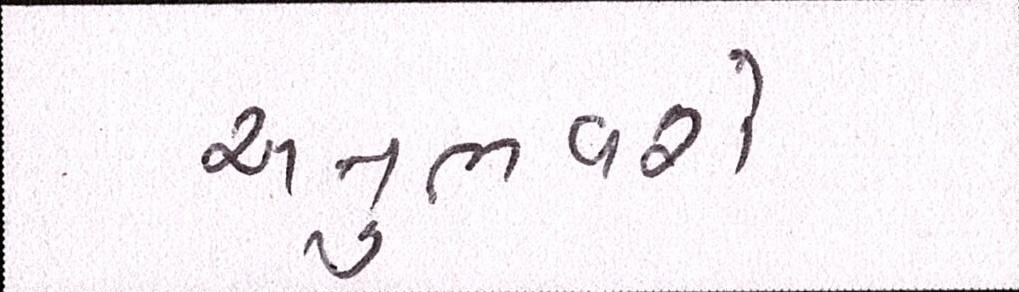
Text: અનુભવશે